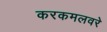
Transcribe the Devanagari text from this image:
करकमलवरे